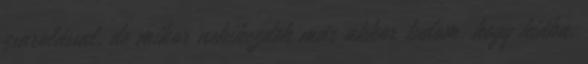
zsarolással, de mikor nekikezdek már akkor tudom, hogy hiába.